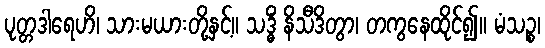
ပုတ္တဒါရေဟိ၊ သားမယားတို့နှင့်။ သဒ္ဓိံ နိသီဒိတွာ၊ တကွနေထိုင်၍။ မံသဉ္စ၊